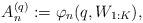
LaTeX: \begin{align*} A^{(q)}_n := \varphi_n(q, W_{1:K}), \end{align*}